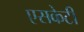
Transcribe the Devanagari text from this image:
एसकेटी